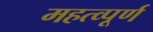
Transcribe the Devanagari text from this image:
महत्‍व्‍पूर्ण